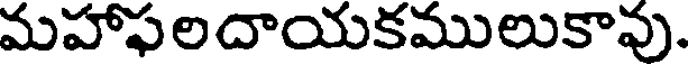
మహాఫలదాయకములుకావు.